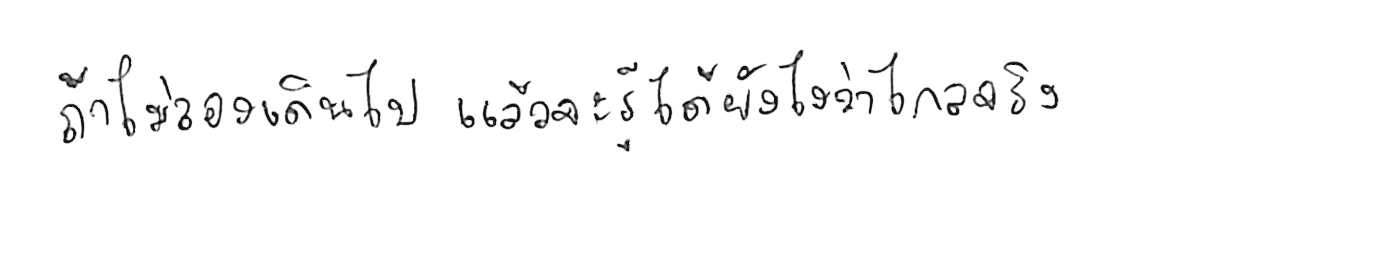
ถ้าไม่ลองเดินไป แล้วจะรู้ได้ยังไงว่าไกลจริง